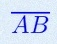
\overline{AB}